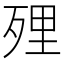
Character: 𭮔